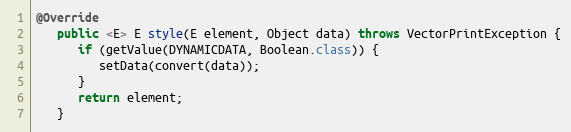
Language: Java
@Override
   public <E> E style(E element, Object data) throws VectorPrintException {
      if (getValue(DYNAMICDATA, Boolean.class)) {
         setData(convert(data));
      }
      return element;
   }